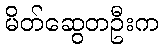
မိတ်ဆွေတဦးက